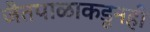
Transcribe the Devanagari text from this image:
जैतपाळाकडूनही